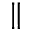
\Vert